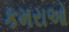
કમરાઓ